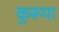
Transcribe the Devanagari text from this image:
कुरूपा